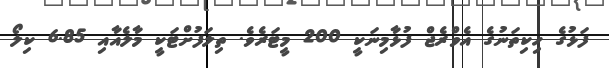
ފަޅުގެ ހިކިތަނުގެ އެވްރެޖް ފުޅާމިނަކީ 200 މީޓަރެވެ. ތިލަފުށްޓަކީ މާލެއާއި 6.85 ކިލޯ